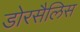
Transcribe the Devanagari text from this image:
डोरसैलिस